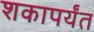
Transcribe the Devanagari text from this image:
शकापर्यंत